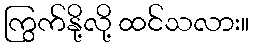
ကြွက်နို့လို့ ထင်သလား။